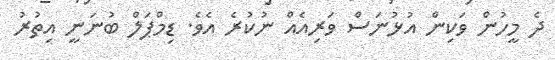
ދެ މީހުން ވަކިން އުޅުނަސް ވަރިއެއް ނުކުރެ އެވެ. ޑިމްޕަލް ބުނަނީ އިތުރު